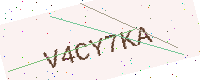
Text: V4CY7KA